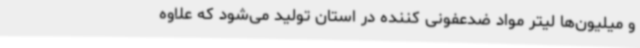
و میلیون‌ها لیتر مواد ضدعفونی کننده در استان تولید می‌شود که علاوه